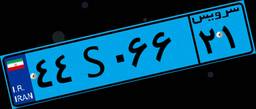
۴۴S۰۶۶۲۱